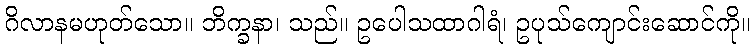
ဂိလာနမဟုတ်သော။ ဘိက္ခနာ၊ သည်။ ဥပေါသထာဂါရံ၊ ဥပုသ်ကျောင်းဆောင်ကို။